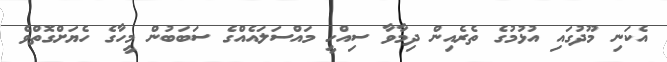
އެކަނި މޫދުގައި އުޅުމުގެ ތެރެއިން ދިމާވާ ސިއްހީ މައްސަލައެއްގެ ސަބަބުން މީހާގެ ހެޔަށްގޮތްވެ